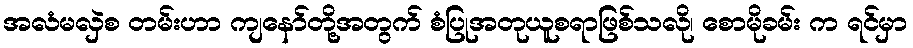
အလံမလှဲစ တမ်းဟာ ကျနော်တို့အတွက် စံပြုအတုယူစရာဖြစ်သလို၊ စောမိုခမ်း က ရင်မှာ